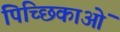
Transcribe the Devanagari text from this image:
पिच्छिकाओं